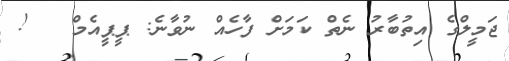
ޖަމީލްގެ އިތުބާރު ނެތް ކަމަށް ފާހެއް ނުވާނެ: ޕީޕީއެމް   !